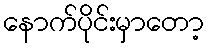
နောက်ပိုင်းမှာတော့